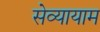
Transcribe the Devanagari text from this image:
सेव्यायाम